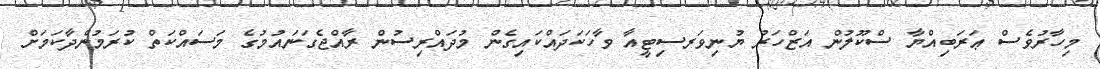
މިހާރުވެސް ޢަރަބިއްޔާ ސްކޫލުން އަޒްހަރު ޔުނިވަރސިޓީއާ ވާހަކަދައްކައިގެން މުދައްރިސުން ރާއްޖެގަނައުމުގެ މަސައްކަތް ކުރަމުންދާކަމަށް